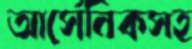
আর্সেনিকসহ